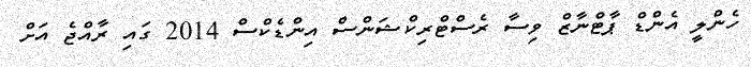
ހެންލީ އެންޑް ޕާޓްނާޒް ވިސާ ރެސްޓްރިކްޝަންސް އިންޑެކްސް 2014 ގައި ރާއްޖެ އަށް